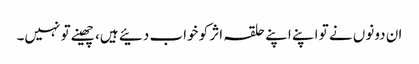
ان دونوں نے تو اپنے اپنے حلقہ اثر کو خواب دئیے ہیں، چھینے تو نہیں۔